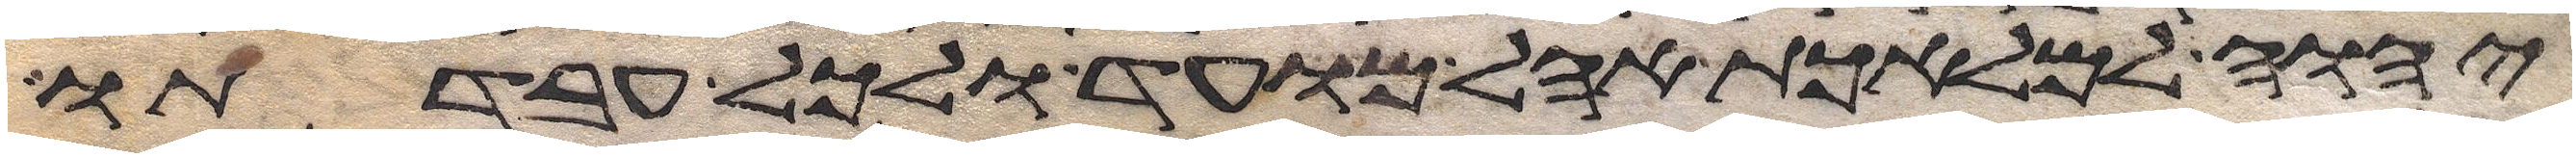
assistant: יהוה למלאכת אהל מועד ולכל עבדתו